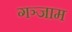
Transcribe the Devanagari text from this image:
गञ्जाम